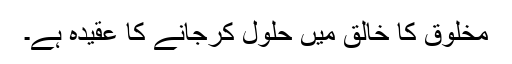
مخلوق کا خالق میں حلول کرجانے کا عقیدہ ہے۔